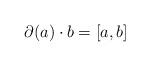
LaTeX: \begin{align*} \partial(a)\cdot b=[a,b]\end{align*}